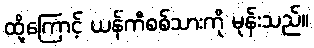
ထို့ကြောင့် ယန်ကီစစ်သားကို မုန်းသည်။